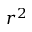
r ^ { 2 }